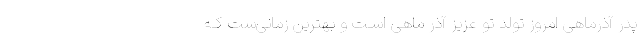
پدر آذرماهی امروز تولد تو عزیز آذر ماهی اسـت و بهترین زمانی‌ست کـه